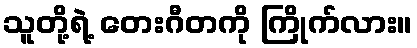
သူတို့ရဲ့ တေးဂီတကို ကြိုက်လား။